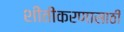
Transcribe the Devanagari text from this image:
शीतीकरणासाठी